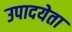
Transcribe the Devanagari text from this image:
उपादयेता